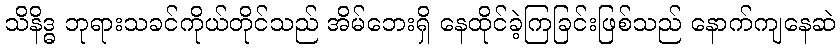
သိနိဒ္ဓ ဘုရားသခင်ကိုယ်တိုင်သည် အိမ်ဘေးရှိ နေထိုင်ခဲ့ကြခြင်းဖြစ်သည် နောက်ကျနေဆဲ